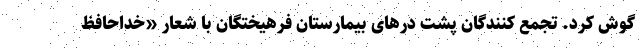
گوش کرد. تجمع کنندگان پشت درهای بیمارستان فرهیختگان با شعار «خداحافظ